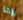
يراها